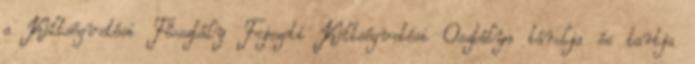
a Költségvetési Főosztály Fejezeti Költségvetési Osztálya tárolja és tartja